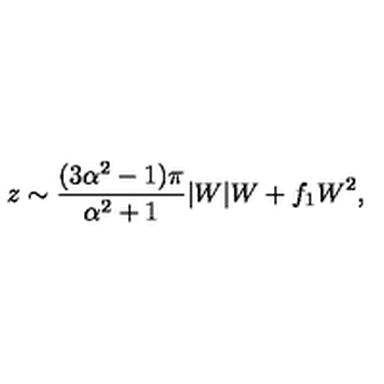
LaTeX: z \sim \frac { ( 3 \alpha ^ { 2 } - 1 ) \pi } { \alpha ^ { 2 } + 1 } | W | W + f _ { 1 } W ^ { 2 } ,